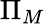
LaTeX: \Pi_{M}